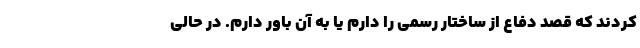
کردند که قصد دفاع از ساختار رسمی را دارم یا به آن باور دارم. در حالی